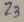
Text: Z3